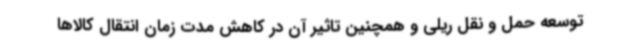
توسعه حمل و نقل ریلی و همچنین تاثیر آن در کاهش مدت زمان انتقال کالاها